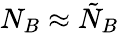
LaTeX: N_{B}\approx\tilde{N}_{B}